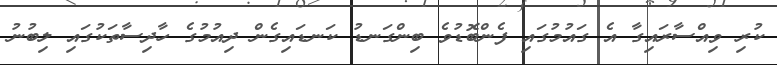
ކުރި ވިއްސާރައިގާ އެ ގައުމުގައި ފެންބޮޑުވެ ބިންގަނޑު ކަނޑައިގެން ދިއުމުގެ ހާދިސާތަކުގައި ލިބުނު